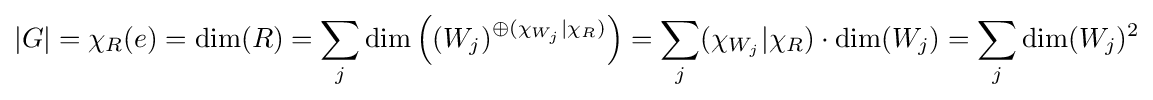
|G|=\chi _{R}(e)=\dim(R)=\sum _{j}\dim \left((W_{j})^{\oplus (\chi _{W_{j}}|\chi _{R})}\right)=\sum _{j}(\chi _{W_{j}}|\chi _{R})\cdot \dim(W_{j})=\sum _{j}\dim(W_{j})^{2}